Scottish Certificate of Education, 1963
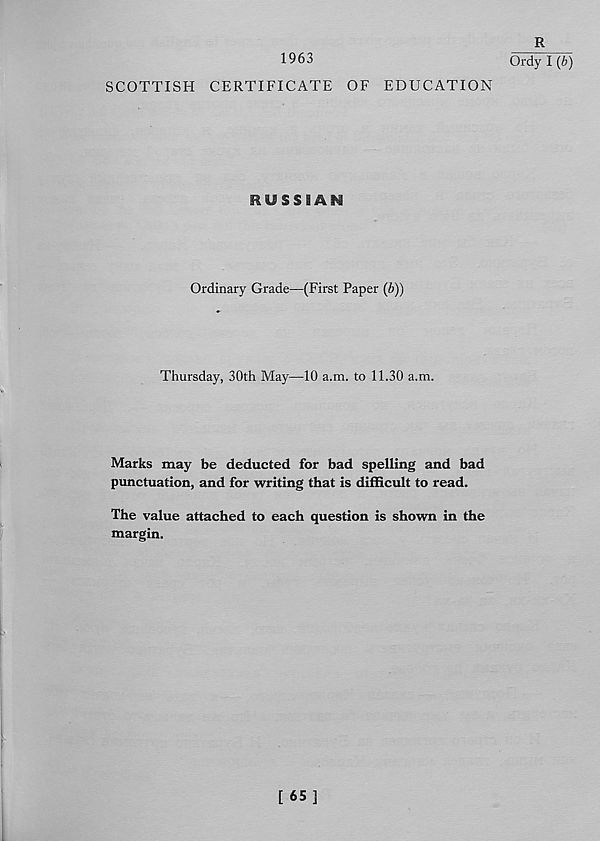
1963
SCOTTISH CERTIFICATE OF EDUCATION
RUSSIAN
Ordinary Grade—(First Paper (b))
Thursday, 30th May—10 a.m. to 11.30 a.m.
Marks may be deducted for bad spelling and bad
punctuation, and for writing that is difficult to read.
The value attached to each question is shown in the
margin.
R
Ordy I {b)
[ 65]